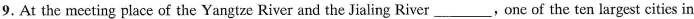
9. At the meeting place of the Yangtze River and the Jialing River ___ ,one of the ten largest cities in